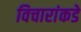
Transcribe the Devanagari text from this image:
विचारांकडे